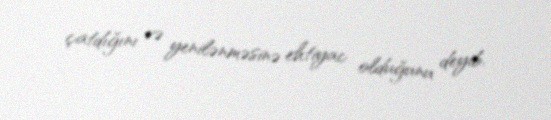
çatdığını və yenilənməsinə ehtiyac olduğunu deyib.